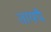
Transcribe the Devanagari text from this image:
तायपै